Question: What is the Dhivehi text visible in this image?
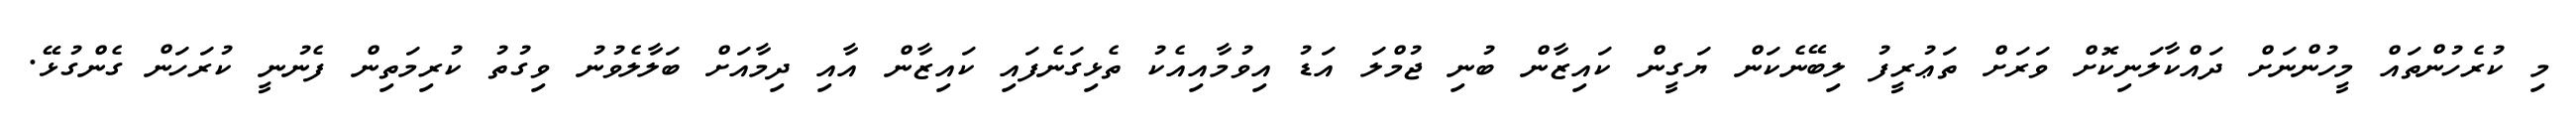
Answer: މި ކުރެހުންތައް މީހުންނަށް ދައްކާލަނިކޮށް ވަރަށް ތަޢުރީފު ލިބޭނެކަން ޔަގީން ކައިޒާން ބުނި ޖުމްލަ އަޑު އިވުމާއިއެކު ތެޅިގަނެފައި ކައިޒާން އާއި ދިމާއަށް ބަލާލެވުނު ވިގުތު ކުރިމަތިން ފެނުނީ ކުރަހަން ގެންގުޅޭ.